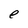
Character: e